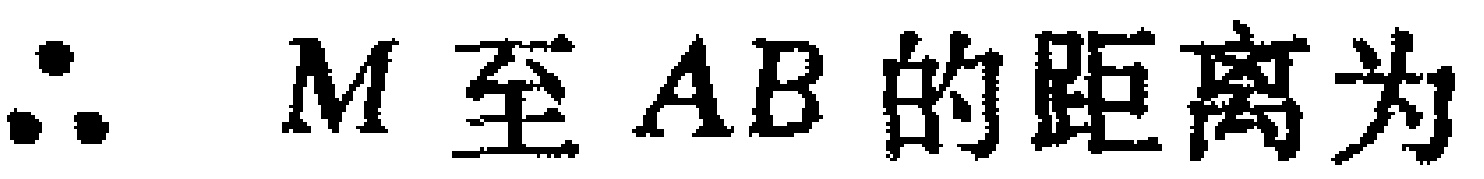
\(\therefore\ M至AB的距离为\)